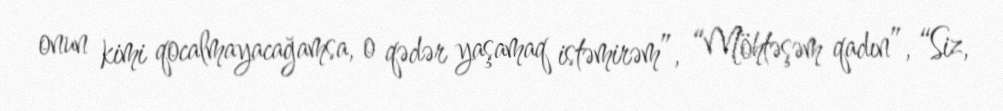
onun kimi qocalmayacağamsa, o qədər yaşamaq istəmirəm”, “Möhtəşəm qadın”, “Siz,